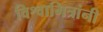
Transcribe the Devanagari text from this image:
विश्वामित्रांनी